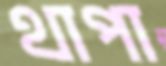
থাপা